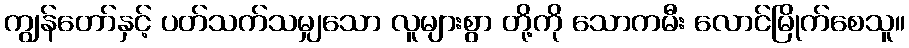
ကျွန်တော်နှင့် ပတ်သက်သမျှသော လူများစွာ တို့ကို သောကမီး လောင်မြိုက်စေသူ။